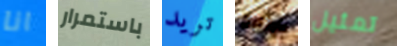
انا باستمرار تريد للإثارة تمثيل